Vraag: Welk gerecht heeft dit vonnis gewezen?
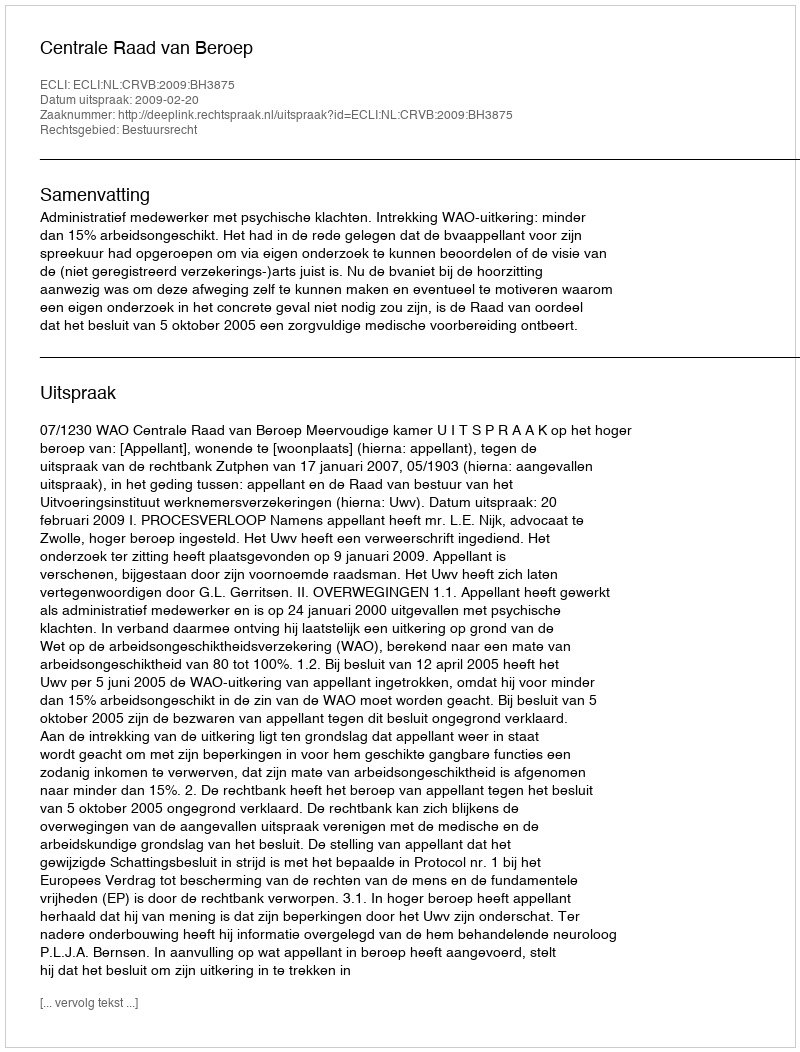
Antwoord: Centrale Raad van Beroep